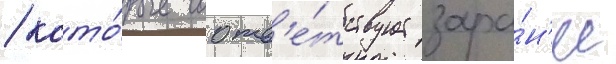
/ кото́рые соотв'е́тствует зара́н'ее